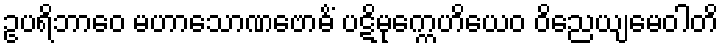
ဥပရိဘာဝေ မဟာသောဏဗောဓိံ ပဋိမုက္ကေဟိယေဝ ဝိညေယျမေဝါတိ